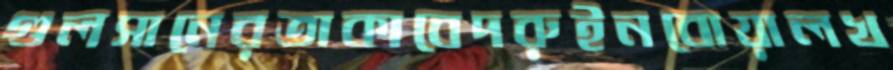
গুলসানেরতাকাবেদরুইনবোয়ালখ